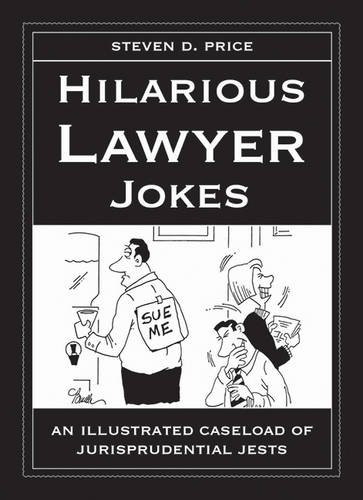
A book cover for Hilarious Lawyer Jokes: An Illustrated Caseload of Jurisprudential Jests; Steven D. Price; Humor & Entertainment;